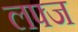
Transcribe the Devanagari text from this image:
लफ्ज